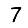
Digit: 7